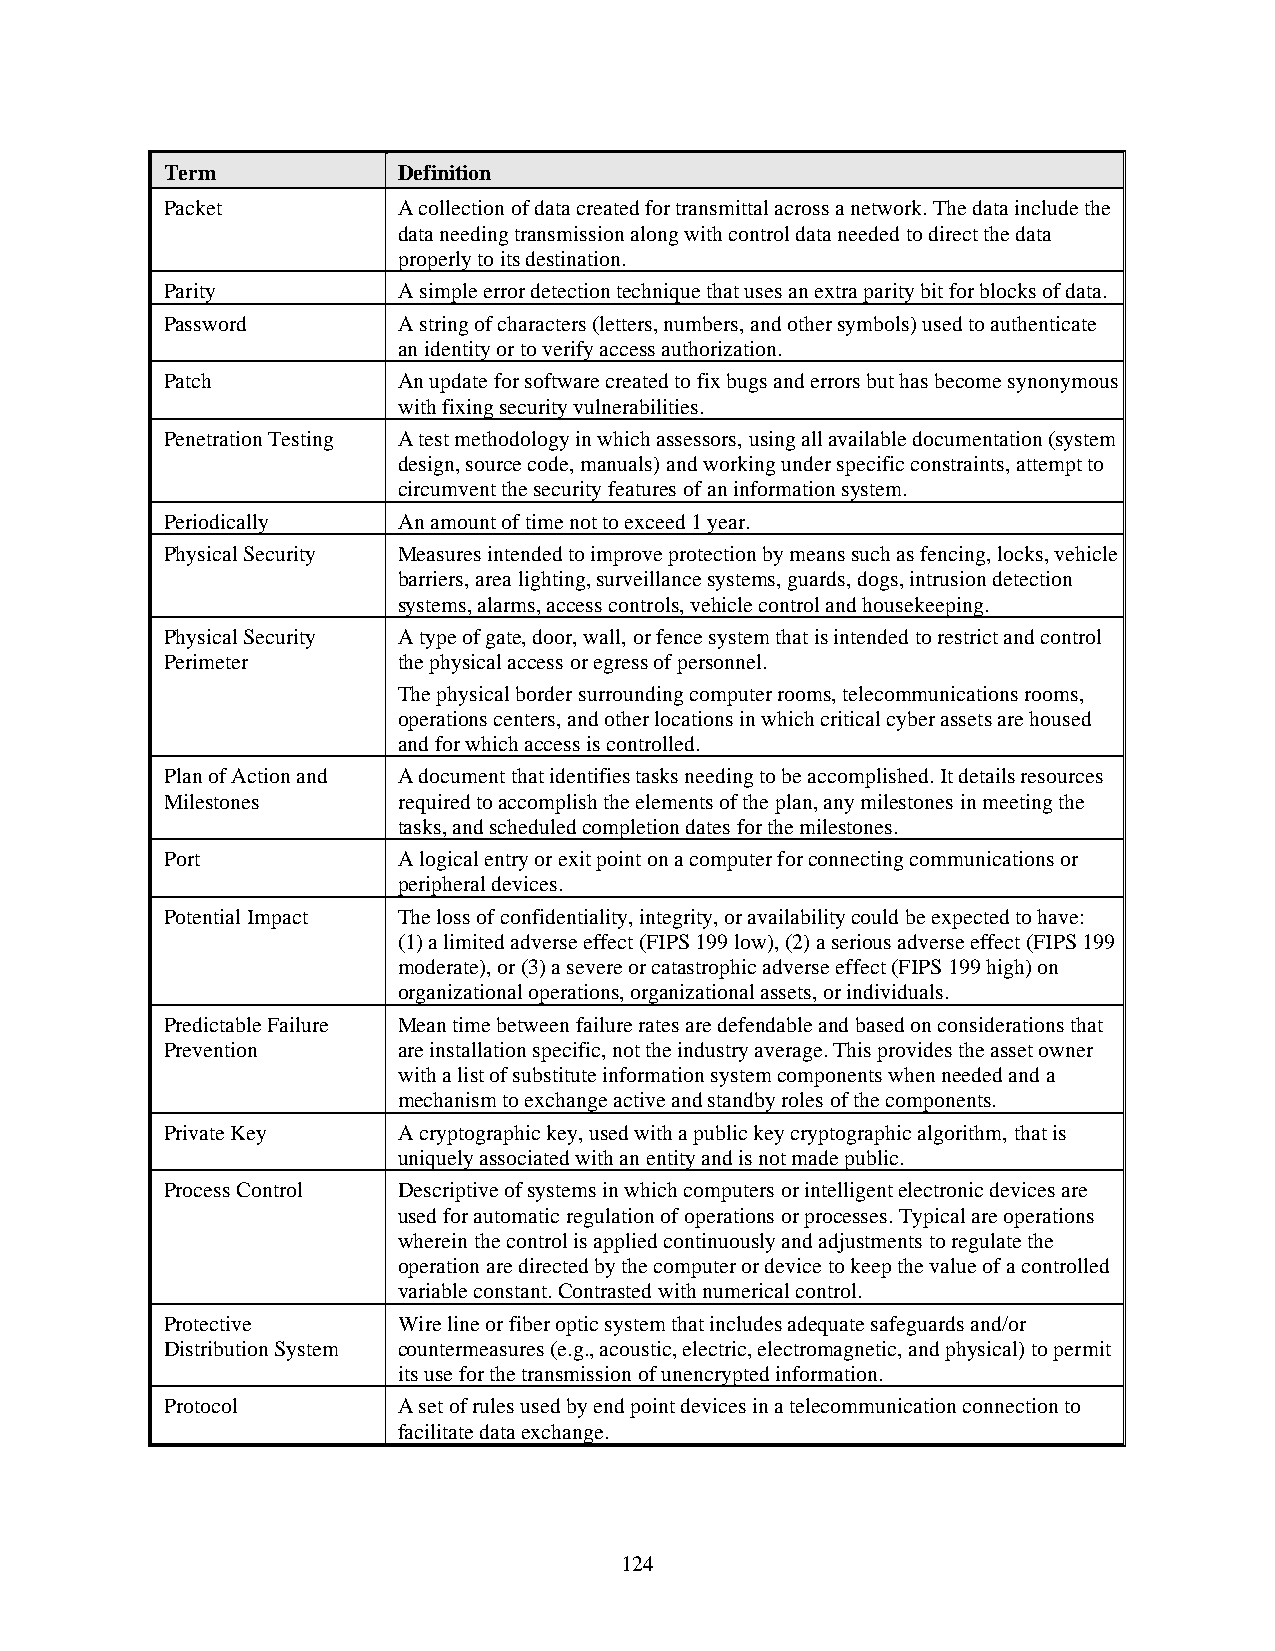
Term           Definition
 Packet         A collection of data created for transmittal across a network. The data include the
 data needing transmission along with control data needed to direct the data
 properly to its destination.
 Parity         A simple error detection technique that uses an extra parity bit for blocks of data.
 Password       A string of characters (letters, numbers, and other symbols) used to authenticate
 an identity or to verify access authorization.
 Patch          An update for software created to fix bugs and errors but has become synonymous
 with fixing security vulnerabilities.
 Penetration Testing A test methodology in which assessors, using all available documentation (system
 design, source code, manuals) and working under specific constraints, attempt to
 circumvent the security features of an information system.
 Periodically   An amount of time not to exceed 1 year.
 Physical Security Measures intended to improve protection by means such as fencing, locks, vehicle
 barriers, area lighting, surveillance systems, guards, dogs, intrusion detection
 systems, alarms, access controls, vehicle control and housekeeping.
 Physical Security A type of gate, door, wall, or fence system that is intended to restrict and control
 Perimeter      the physical access or egress of personnel.
 The physical border surrounding computer rooms, telecommunications rooms,
 operations centers, and other locations in which critical cyber assets are housed
 and for which access is controlled.
 Plan of Action and A document that identifies tasks needing to be accomplished. It details resources
 Milestones     required to accomplish the elements of the plan, any milestones in meeting the
 tasks, and scheduled completion dates for the milestones.
 Port           A logical entry or exit point on a computer for connecting communications or
 peripheral devices.
 Potential Impact The loss of confidentiality, integrity, or availability could be expected to have:
 (1) a limited adverse effect (FIPS 199 low), (2) a serious adverse effect (FIPS 199
 moderate), or (3) a severe or catastrophic adverse effect (FIPS 199 high) on
 organizational operations, organizational assets, or individuals.
 Predictable Failure Mean time between failure rates are defendable and based on considerations that
 Prevention     are installation specific, not the industry average. This provides the asset owner
 with a list of substitute information system components when needed and a
 mechanism to exchange active and standby roles of the components.
 Private Key    A cryptographic key, used with a public key cryptographic algorithm, that is
 uniquely associated with an entity and is not made public.
 Process Control Descriptive of systems in which computers or intelligent electronic devices are
 used for automatic regulation of operations or processes. Typical are operations
 wherein the control is applied continuously and adjustments to regulate the
 operation are directed by the computer or device to keep the value of a controlled
 variable constant. Contrasted with numerical control.
 Protective     Wire line or fiber optic system that includes adequate safeguards and/or
 Distribution System countermeasures (e.g., acoustic, electric, electromagnetic, and physical) to permit
 its use for the transmission of unencrypted information.
 Protocol       A set of rules used by end point devices in a telecommunication connection to
 facilitate data exchange.
 124